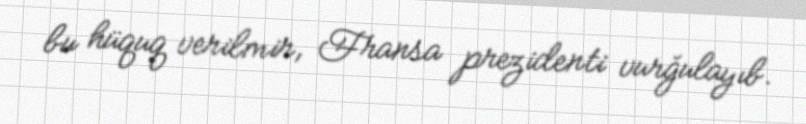
bu hüquq verilmir, Fransa prezidenti vurğulayıb.